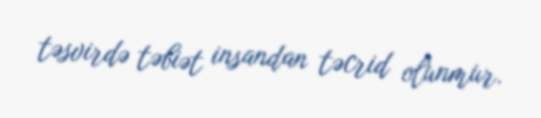
təsvirdə təbiət insandan təcrid olunmur.